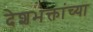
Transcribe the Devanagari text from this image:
देशभक्तांच्या